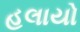
હલાયો